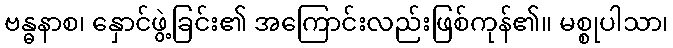
ဗန္ဓနာစ၊ နှောင်ဖွဲ့ခြင်း၏ အကြောင်းလည်းဖြစ်ကုန်၏။ မစ္စုပါသာ၊